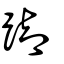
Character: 踋